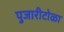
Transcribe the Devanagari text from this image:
पुजारीटोळा